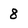
Character: 8